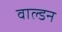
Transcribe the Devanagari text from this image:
वाल्डन